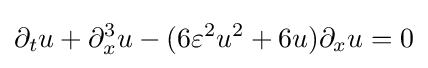
\displaystyle \partial _{t}u+\partial _{x}^{3}u-(6\varepsilon ^{2}u^{2}+6u)\partial _{x}u=0